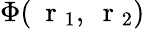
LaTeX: \Phi(\mathrm{~\mathbf~r~}_{1},\mathrm{~\mathbf~r~}_{2})